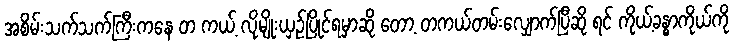
အစိမ်းသက်သက်ကြီးကနေ တ ကယ့် လိုမျိုးယှဉ်ပြိုင်ရမှာဆို တော့ တကယ်တမ်းလျှောက်ပြီဆို ရင် ကိုယ့်ခန္ဓာကိုယ်ကို